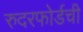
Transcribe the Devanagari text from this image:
रुदरफोर्डची